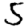
Digit: 5